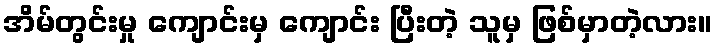
အိမ်တွင်းမှု ကျောင်းမှ ကျောင်း ပြီးတဲ့ သူမှ ဖြစ်မှာတဲ့လား။